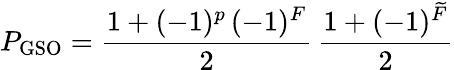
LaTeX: P_{\mathrm{GSO}}=\frac{1+(-1)^{p}\, (-1)^{F}}{2}\, \frac{1+(-1)^{\widetilde F}}{2}